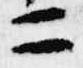
二